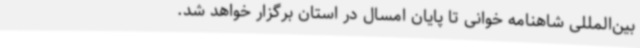
بین‌المللی شاهنامه خوانی تا پایان امسال در استان برگزار خواهد شد.